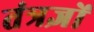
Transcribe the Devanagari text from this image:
तंत्रज्ञों